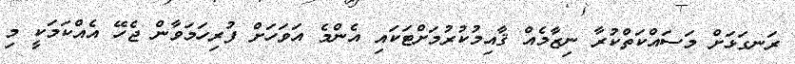
ރަނގަޅަށް މަސައްކަތްކުރާ ނިޒާމެއް ޤާއިމުކުރުމަށްޓަކައި އެންމެ އަވަހަށް ފުރިހަމަވާން ޖެހޭ އެއްކަމަކީ މި